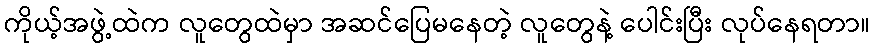
ကိုယ့်အဖွဲ့ထဲက လူတွေထဲမှာ အဆင်ပြေမနေတဲ့ လူတွေနဲ့ ပေါင်းပြီး လုပ်နေရတာ။